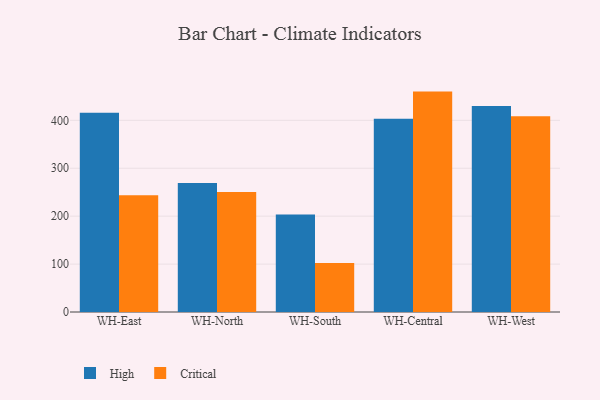
{"axis": {"x": "Warehouse", "y": "Market Share (%)"}, "legend": ["Critical", "High"], "data": [{"x": "WH-East", "y": 416.0, "type": "High"}, {"x": "WH-East", "y": 243.5, "type": "Critical"}, {"x": "WH-North", "y": 269.3, "type": "High"}, {"x": "WH-North", "y": 250.5, "type": "Critical"}, {"x": "WH-South", "y": 203.3, "type": "High"}, {"x": "WH-South", "y": 102.4, "type": "Critical"}, {"x": "WH-Central", "y": 403.3, "type": "High"}, {"x": "WH-Central", "y": 460.0, "type": "Critical"}, {"x": "WH-West", "y": 430.1, "type": "High"}, {"x": "WH-West", "y": 408.4, "type": "Critical"}]}